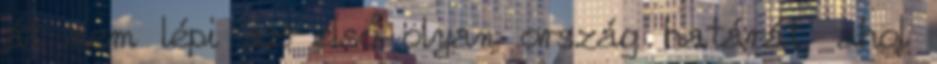
át nem lépi az első olyan ország határát, ahol